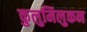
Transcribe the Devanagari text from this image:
कुलुमिलुकन